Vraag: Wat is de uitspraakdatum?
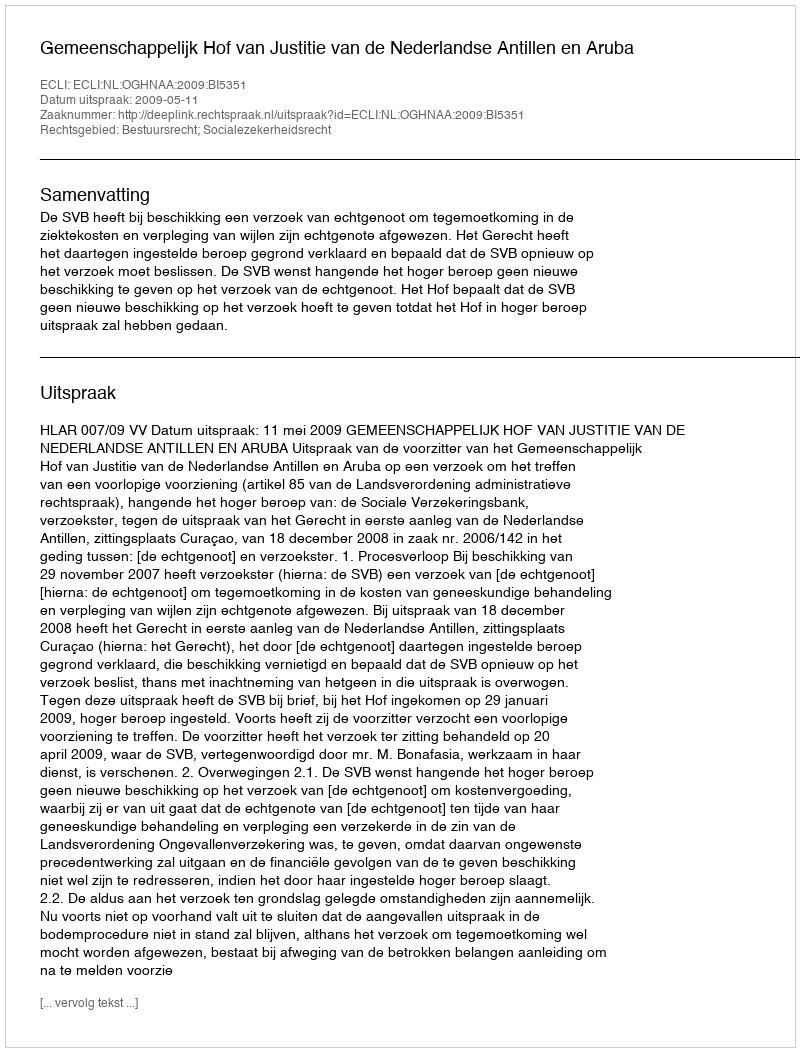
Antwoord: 2009-05-11